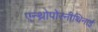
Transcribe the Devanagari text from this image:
एन्थ्रोपोरनीथिनाई